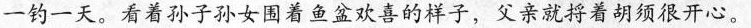
一钓一天。看着孙子孙女围着鱼盆欢喜的样子，父亲就捋着胡须很开心。